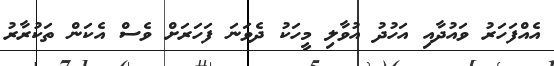
އެއްފަހަރު ވައުދާއި އަހުދު އުވާލި މީހަކު ދެވަނަ ފަހަރަށް ވެސް އެކަން ތަކުރާރު